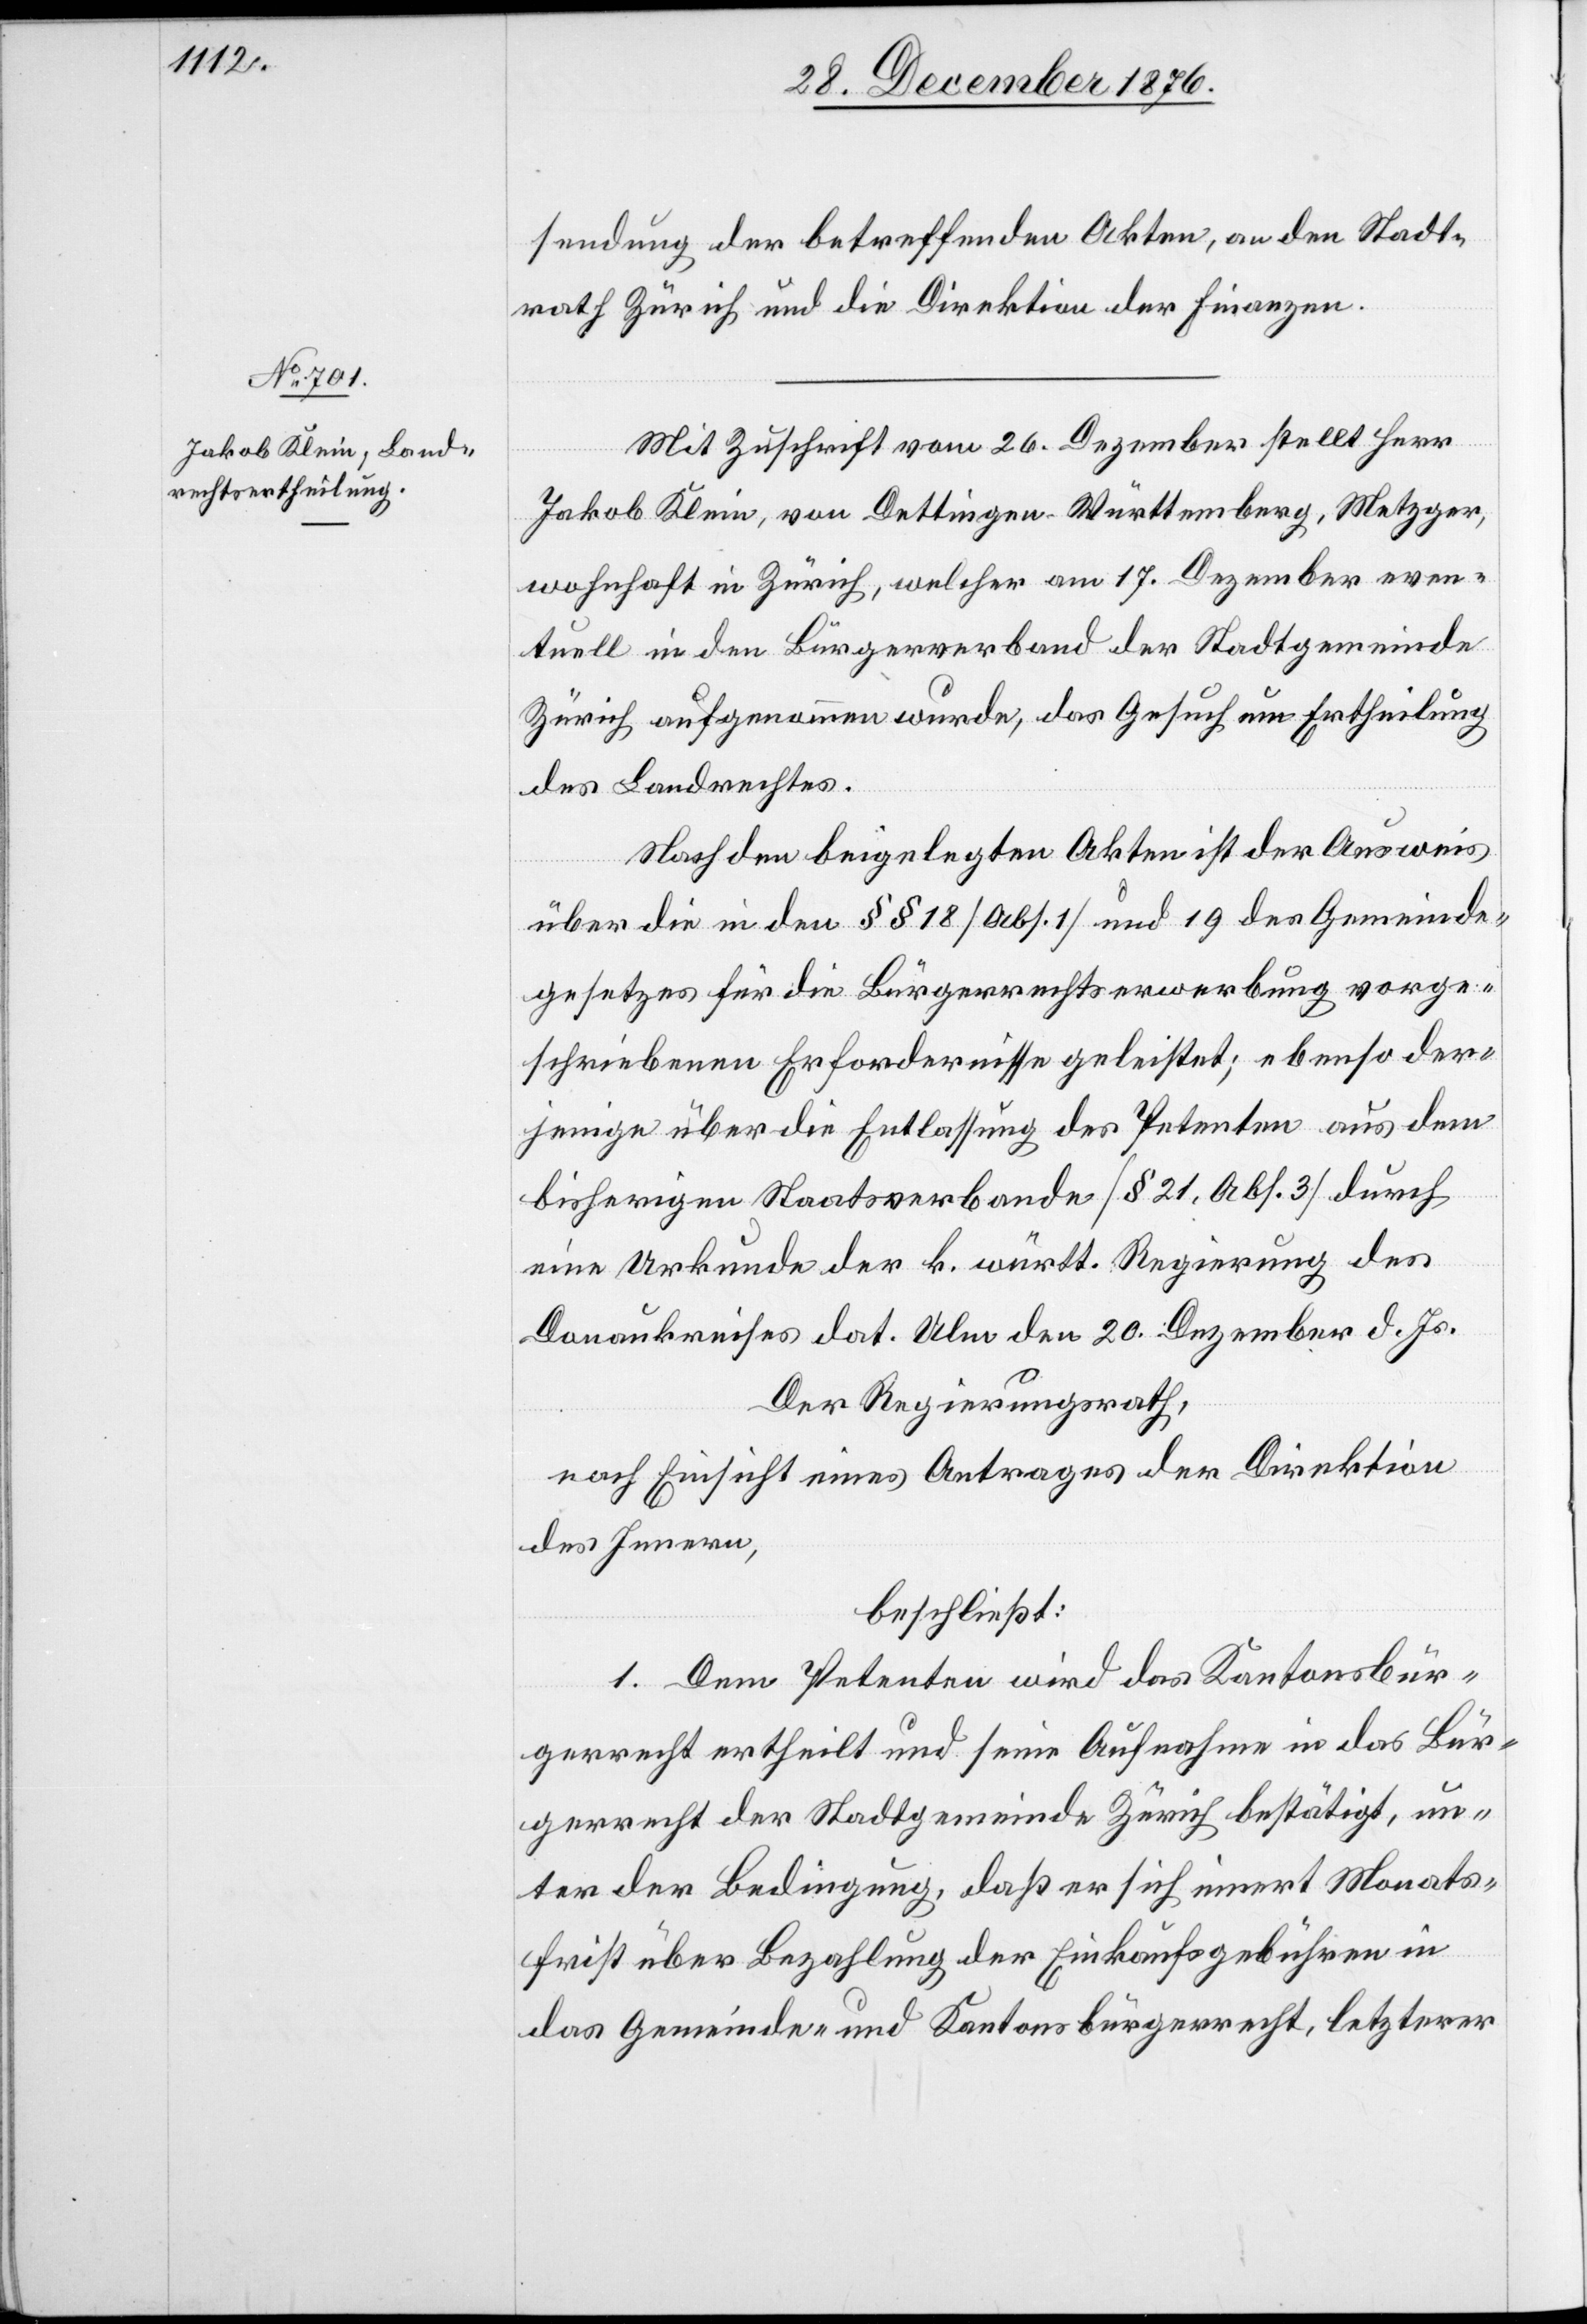
sendung der betreffenden Akten, an den Stadt¬
rath Zürich und die Direktion der Finanzen.
Mit Zuschrift vom 26. Dezember stellt Herr
Jakob Klein, von Dettingen - Württemberg, Metzger,
wohnhaft in Zürich, welcher am 17. Dezember even¬
tuell in den Bürgerverband der Stadtgemeinde
Zürich aufgenommen wurde, das Gesuch um Ertheilung
des Landrechtes.
Nach den beigelegten Akten ist der Ausweis
über die in den §§ 18 [Abs. 1] und 19 des Gemeinde¬
gesetzes für die Bürgerrechtserwerbung vorge¬
schriebenen Erfordernisse geleistet; ebenso der¬
jenige über die Entlassung des Petenten aus dem
bisherigen Staatsverbande [§ 21, Abs. 3] durch
eine Urkunde der k. württ. Regierung des
Donaukreises dat. Ulm den 20. Dezember d. Js.
Der Regierungsrath,
nach Einsicht eines Antrages der Direktion
des Innern,
beschließt:
1. Dem Petenten wird das Kantonbür¬
gerrecht ertheilt und seine Aufnahme in das Bür¬
gerrecht der Stadtgemeinde Zürich bestätigt, un¬
ter der Bedingung, daß er sich innert Monats¬
frist über Bezahlung der Einkaufsgebühren in
das Gemeinde- und Kantonsbürgerrecht, letzterer